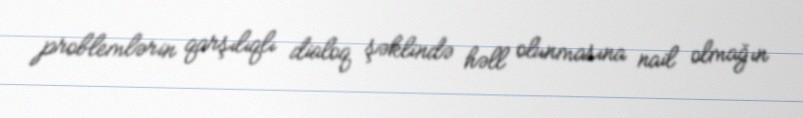
problemlərin qarşılıqlı dialoq şəklində həll olunmasına nail olmağın